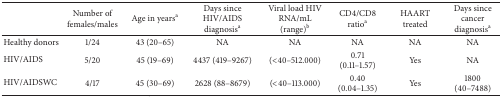
<table><thead><tr><td><b> </b></td><td><b>Number of females/males</b></td><td><b>Age in years<sup>a</sup></b></td><td><b>Days since HIV/AIDS diagnosis<sup>a</sup></b></td><td><b>Viral load HIV RNA/mL (range)<sup>b</sup></b></td><td><b>CD4/CD8 ratio<sup>a</sup></b></td><td><b>HAART treated</b></td><td><b>Days since cancer diagnosis<sup>a</sup></b></td></tr></thead><tbody><tr><td>Healthy donors</td><td>1/24</td><td>43 (20–65)</td><td>NA</td><td>NA</td><td>NA</td><td>NA</td><td>NA</td></tr><tr><td>HIV/AIDS</td><td>5/20</td><td>45 (19–69)</td><td>4437 (419–9267)</td><td>(&lt;40–512.000)</td><td>0.71 (0.11–1.57)</td><td>Yes</td><td>NA</td></tr><tr><td>HIV/AIDSWC</td><td>4/17</td><td>45 (30–69)</td><td>2628 (88–8679)</td><td>(&lt;40–113.000)</td><td>0.40 (0.04–1.35)</td><td>Yes</td><td>1800 (40–7488)</td></tr></tbody></table>